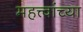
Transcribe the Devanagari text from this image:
महत्त्वांच्या